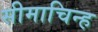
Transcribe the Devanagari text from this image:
सीमाचिन्‍ह